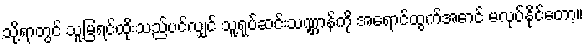
သို့ရာတွင် သူ့မြရင်ထိုးသည်ပင်လျှင် သူ့ရုပ်ဆင်းသဏ္ဌာန်ကို အရောင်ထွက်အောင် မလုပ်နိုင်တော့။